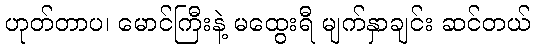
ဟုတ်တာပ၊ မောင်ကြီးနဲ့ မထွေးရီ မျက်နှာချင်း ဆင်တယ်